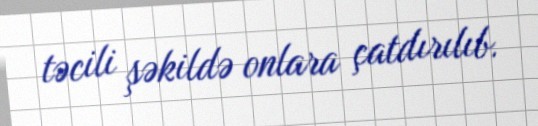
təcili şəkildə onlara çatdırılıb.